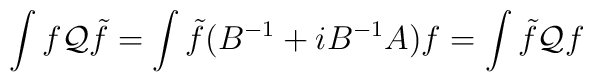
\int f{\cal Q}\tilde{f}=\int\tilde{f}(B^{-1}+iB^{-1}A)f=\int\tilde{f}{\cal Q}f